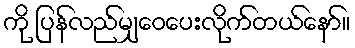
ကို ပြန်လည်မျှဝေပေးလိုက်တယ်နော်။